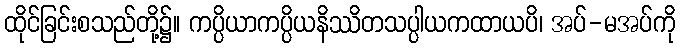
ထိုင်ခြင်းစသည်တို့၌။ ကပ္ပိယာကပ္ပိယနိဿိတသပ္ပါယကထာယပိ၊ အပ်-မအပ်ကို